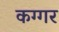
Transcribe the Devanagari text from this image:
कग्गर